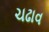
ચઢાવ